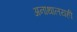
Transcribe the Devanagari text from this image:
अनाथालयही